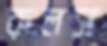
রুলস